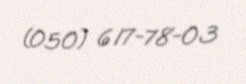
(050) 617-78-03